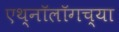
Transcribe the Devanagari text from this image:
एथ्नॉलॉगच्या